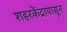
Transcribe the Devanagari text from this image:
शहरकेंद्रापासून